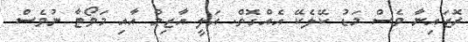
ރޮޒައިނާ ވެސް މަޑު ކޭލެކޭ އެއްގޮތް. އަލީ އާޒިމް އާއި މަވޯޓާ ނުވެސް